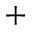
^ +